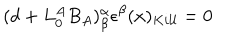
( d + L _ { 0 } ^ { A } B _ { A } ) _ { \beta } ^ { \alpha } \epsilon ^ { \beta } ( x ) _ { K i l l } = 0